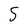
Character: 5